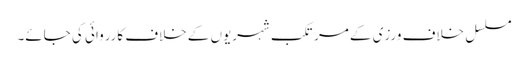
مسلسل خلاف ورزی کے مرتکب شہریوں کے خلاف کارروائی کی جائے۔